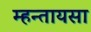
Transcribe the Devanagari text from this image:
म्हन्तायसा